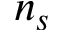
n _ { s }